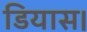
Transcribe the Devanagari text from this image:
डियास।